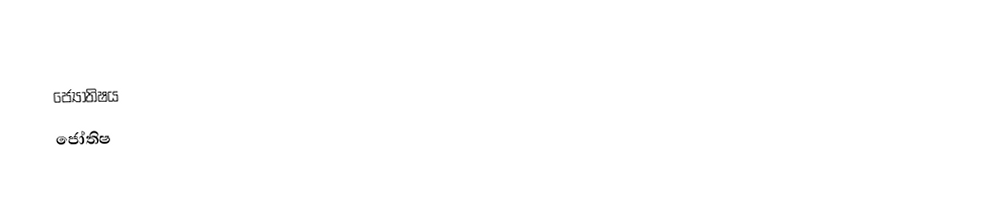
ජ්‍යෝතිෂය
ජෝතිෂ